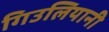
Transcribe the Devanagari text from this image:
गिउलियानी